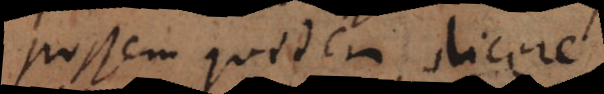
possem quidem dicere